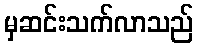
မှဆင်းသက်လာသည်